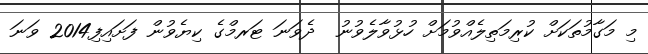
މި މަގާމުތަކަށް ކުރިމަތިލެއްވުމަށް ހުޅުވާލެވުނު  ދެވަނަ ޓަރމްގެ ކިޔެވުން ފަށައިފި2014 ވަނަ